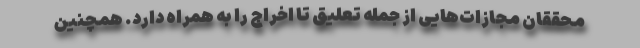
محققان مجازات‌هایی از جمله تعلیق تا اخراج را به همراه دارد. همچنین